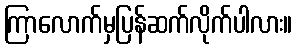
ကြာလောက်မှပြန်ဆက်လိုက်ပါလား။